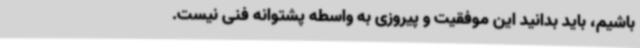
باشیم، باید بدانید این موفقیت و پیروزی به واسطه پشتوانه فنی نیست.